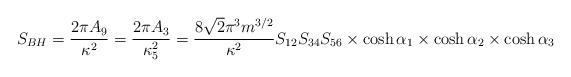
LaTeX: \begin{align*}S_{BH} = \frac{2\pi A_9}{\kappa^2} = \frac{2\pi A_3}{\kappa^2_5}= \frac{8\sqrt{2}\pi^3m^{3/2}}{\kappa^2} S_{12}S_{34}S_{56} \times\cosh\alpha_1 \times \cosh \alpha_2 \times \cosh \alpha_3\end{align*}